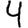
Digit: 4